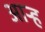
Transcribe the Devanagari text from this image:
आर्‍ह